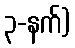
၃-နက်)